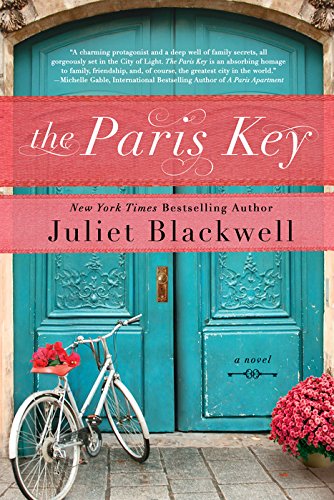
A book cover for The Paris Key; Juliet Blackwell; Mystery, Thriller & Suspense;